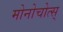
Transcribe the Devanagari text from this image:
मोनोचोत्स्